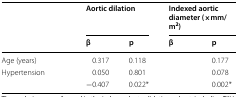
<table><thead><tr><td rowspan="2">[EMPTY_CELL]</td><td colspan="2"><b>Aortic dilation</b></td><td colspan="2"><b>Indexed aortic diameter (×mm/m<sup>2</sup>)</b></td></tr><tr><td><b>β</b></td><td><b>p</b></td><td><b>β</b></td><td><b>p</b></td></tr></thead><tbody><tr><td>Age (years)</td><td>0.317</td><td>0.118</td><td>[EMPTY_CELL]</td><td>0.177</td></tr><tr><td>Hypertension</td><td>0.050</td><td>0.801</td><td>[EMPTY_CELL]</td><td>0.078</td></tr><tr><td>[EMPTY_CELL]</td><td>−0.407</td><td>0.022*</td><td>[EMPTY_CELL]</td><td>0.002*</td></tr></tbody></table>